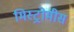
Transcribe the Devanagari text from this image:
मिस्ट्रोमीस